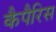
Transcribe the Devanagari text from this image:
कैपैरिस